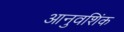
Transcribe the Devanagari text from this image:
आनुवशिंक